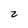
Character: z